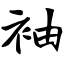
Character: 袖